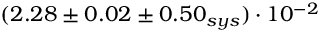
( 2 . 2 8 \pm 0 . 0 2 \pm 0 . 5 0 _ { s y s } ) \cdot 1 0 ^ { - 2 }